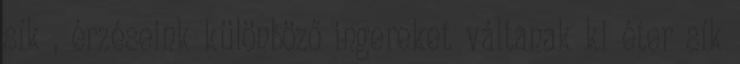
sík , érzéseink különböző ingereket váltanak ki éter sík